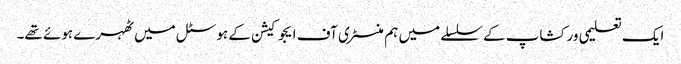
ایک تعلیمی ورکشاپ کے سلسلے میں ہم منسٹری آف ایجوکیشن کے ہوسٹل میں ٹھہرے ہوئے تھے۔